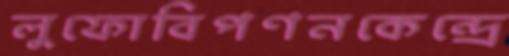
লুফোবিপণনকেন্দ্রে